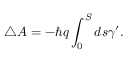
\triangle A = - \hbar q \int _ { 0 } ^ { S } d s \gamma ^ { \prime } .